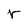
Character: r